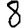
Digit: 8